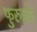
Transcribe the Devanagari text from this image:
फुरुइके